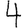
Digit: 4